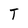
Character: T